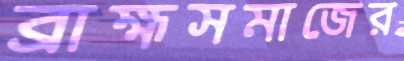
ব্রাহ্মসমাজের